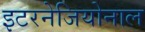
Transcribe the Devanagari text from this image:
इटरनेजियोनाल